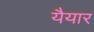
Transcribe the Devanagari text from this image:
यैयार